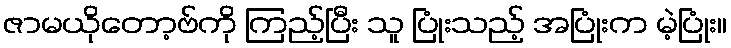
ဇာမယိုတော့ဗ်ကို ကြည့်ပြီး သူ ပြုံးသည့် အပြုံးက မဲ့ပြုံး။